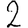
Digit: 2